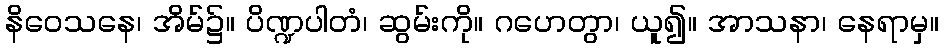
နိဝေသနေ၊ အိမ်၌။ ပိဏ္ဍပါတံ၊ ဆွမ်းကို။ ဂဟေတွာ၊ ယူ၍။ အာသနာ၊ နေရာမှ။